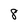
Character: 8